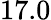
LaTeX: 17.0